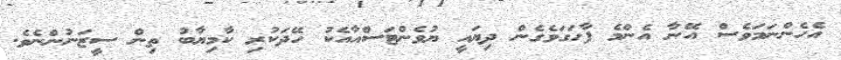
އެހެންނަމަވެސް އޭނާ އެންމެ ފާހަގަވެގެން ދިޔައީ ޔުވެންޓަސްއާއެކު ހޭދަކުރި ކާމިޔާބު ތިން ސީޒަނުންނެވެ.